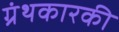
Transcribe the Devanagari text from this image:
ग्रंथकारकी